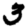
Digit: 3